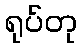
ရုပ်တု